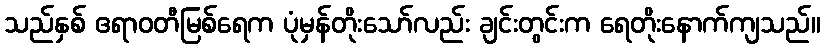
သည်နှစ် ဧရာဝတီမြစ်ရေက ပုံမှန်တိုးသော်လည်း ချင်းတွင်းက ရေတိုးနောက်ကျသည်။